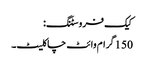
کیک فروسٹنگ:
150 گرام وائٹ چاکلیٹ۔